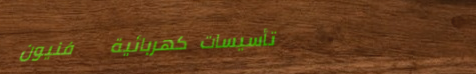
تأسيسات كهربائية   فنيون